Regulations for the medical services of the Army of India
Year: 1930
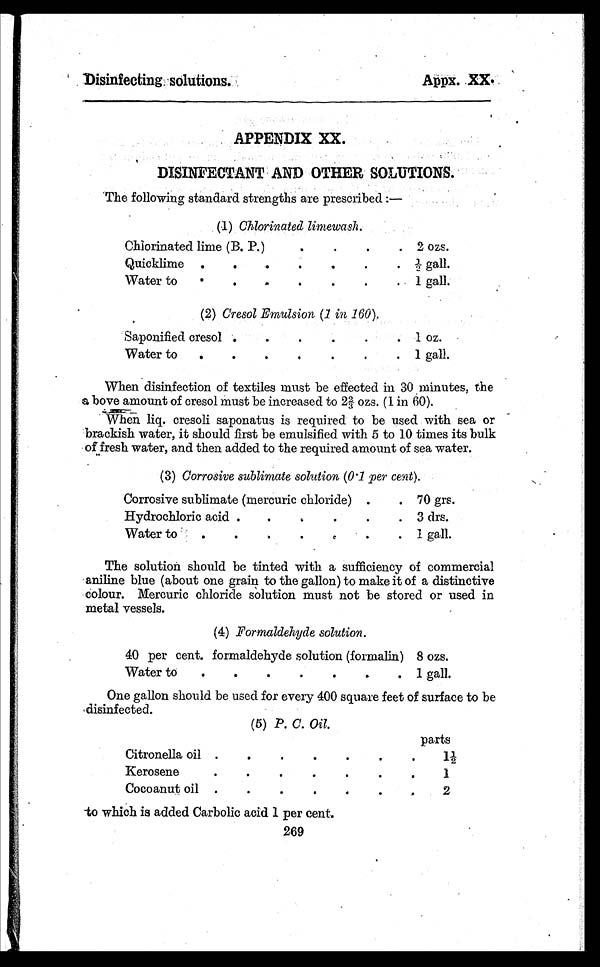
Disinfecting solutions.
Appx. XX.
APPENDIX XX.
DISINFECTANT AND OTHER SOLUTIONS.
The following standard strengths are prescribed :—
(1) Chlorinated limewash.
Chlorinated lime (B. P.) . . . 2 ozs.
Quicklime . . . ½ gall.
Water to . . . 1 gall.
(2) Cresol Emulsion (1 in 160).
Saponified cresol . . . I oz.
Water to . . .
1 gall.
When disinfection of textiles must be effected in 30 minutes, the
a bove amount of cresol must be increased to 2 ⅔ ozs. (1 in 60).
When liq. cresoli saponatus is required to be used with sea or
brackish water, it should first be emulsified with 5 to 10 times its bulk
of fresh water, and then added to the required amount of sea water.
(3) Corrosive sublimate solution (0.1 per cent).
Corrosive sublimate (mercuric chloride) . . . 70 grs.
Hydrochloric acid . . . 3 drs.
Water . . . 1 gall.
The solution should be tinted with a sufficiency of commercial
aniline blue (about one grain to the gallon) to make it of a distinctive
colour. Mercuric chloride solution must not be stored or used in
metal vessels.
(4) Formaldehyde solution.
40 per cent. formaldehyde solution (formalin) 8 ozs.
Wat er t o . . .
1 gall.
One gallon should be used for every 400 square feet of surface to be
disinfected.
(5) P. C. Oil.
parts
Citronella oil . . .
1 ½
Kerosene . . .
1
Cocoanut oil . . .
2
to which is added Carbolic acid 1 per cent.
269